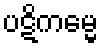
ပဋိကမ္မေ